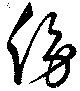
傍